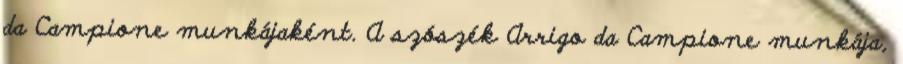
da Campione munkájaként. A szószék Arrigo da Campione munkája,